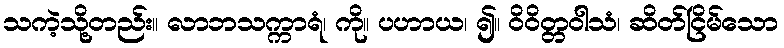
သကဲ့သို့တည်း။ လာဘသက္ကာရံ၊ ကို။ ပဟာယ၊ ၍။ ဝိဝိတ္တဝါသံ၊ ဆိတ်ငြိမ်သော